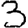
Digit: 3